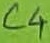
Text: C4